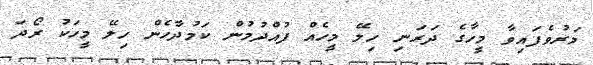
މަރުވެފައިވާ މީހާގެ ދަރަނި ހިލޭ މީހެއް ފުއްދުމުން ކަމުދާހެން ހިލޭ މީހަކު ރޯދަ